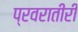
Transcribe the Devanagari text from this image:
प्रवरातीरी